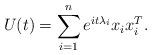
LaTeX: \begin{align*}U(t) = \sum_{i=1}^n e^{it\lambda_i}x_ix_i^T.\end{align*}